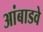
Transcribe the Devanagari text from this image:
आंबाडवे